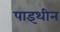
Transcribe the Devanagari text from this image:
पाइथीन